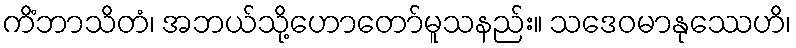
ကိံဘာသိတံ၊ အဘယ်သို့ဟောတော်မူသနည်း။ သဒေဝမာနုဿေဟိ၊